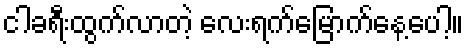
ငါခရီးထွက်လာတဲ့ လေးရက်မြောက်နေ့ပေါ့။